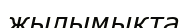
жылымықта